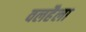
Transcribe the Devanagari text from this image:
वलहैला